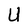
Character: U